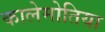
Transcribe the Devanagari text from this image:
कालेमोतिया